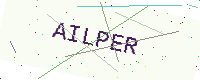
Text: AILPER